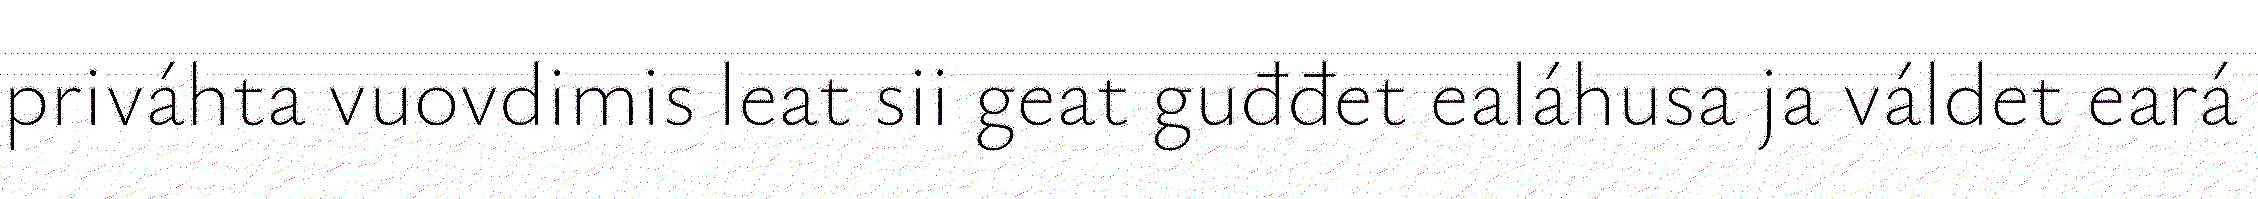
priváhta vuovdimis leat sii geat guđđet ealáhusa ja váldet eará